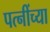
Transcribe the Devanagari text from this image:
पत्नींच्या